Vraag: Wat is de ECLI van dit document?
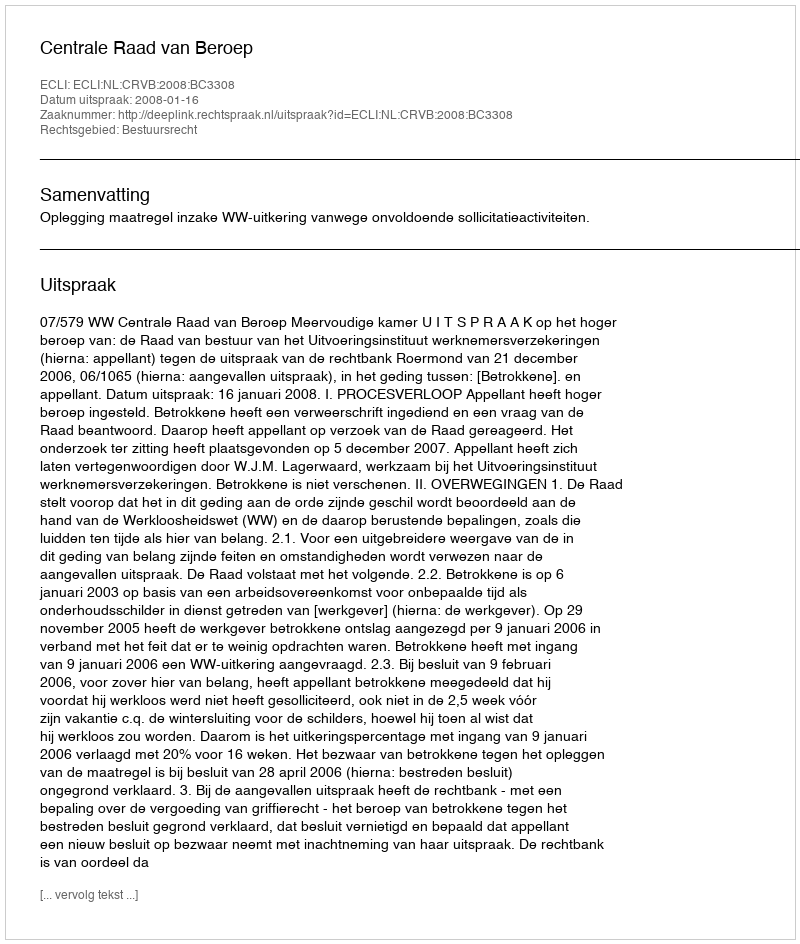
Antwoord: ECLI:NL:CRVB:2008:BC3308